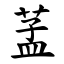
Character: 䓝